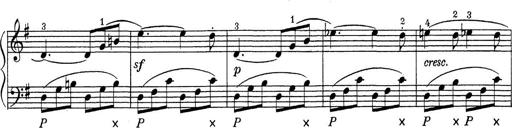
Title: ÄŒeskÃ© Sonatiny
Composer: Various